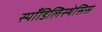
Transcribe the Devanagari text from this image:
स्पाँडिलिस्थेसिस